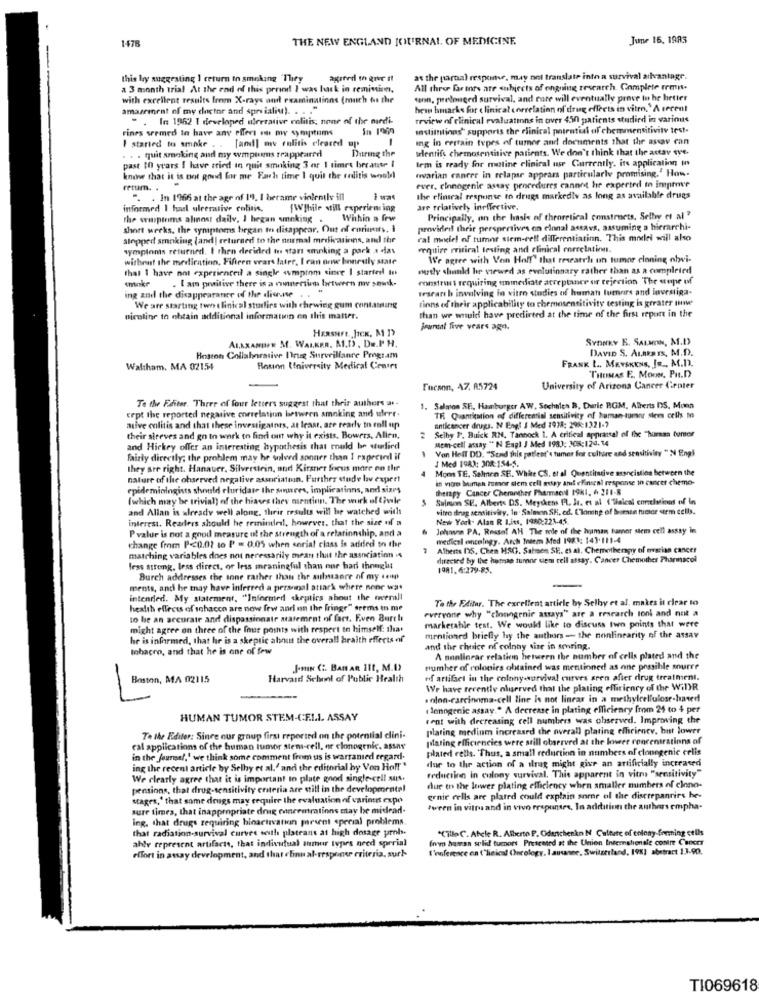
1478
THE NEW ENGLAND JOURNAL OF MEDICINE.
June 16. 1983
this hy suggesting I ceturn in smoking 'Thiry
as the pardal response, may not translate into a survival ailvantage.
a 3 month trial At the end of this period! I was hack in remissim,
All three farines are subjects of ongning research. Complete remis.
with excellent results from X-rays and examinations (much ou the
ton, pelonged survival, and cure will eventually prove to be better
amazeinent of my doctor and spre ialiu). . . . "
hew bmarks for clinical correlation of drug effects in vitro.'A secent
- . In 1952 1 developed mirerative colitis; none of the nardi-
review of clinical evaluations in over 450 patients studied in varimts
rines seemed to have any effort no my symptoms
In 1989
isimlions' supports the clinical potential of chemmsensitivity test-
[and] owe colitis cleared up
ing in certain types of tumor and documents that the ascav can
I started to smoke ..
. . quit smoking and my wmptums rrappeared
During the
slentifs chemosensitive patients. We don't think that the actav tve.
Irm is ready for matine clinical use Currently, its application in
past 10 years I have tried in quit smoking 3 or 1 times because I
wwvarian cancer in relapse appears particularly promising." How.
know that it is not good for me Fawh time I quit the reditis wond
retum. .
ever. rinnogenie astay procedures cannot he expected to improve
". . In 1966 at the age of 19, I became violently ill
the elimral response to drugs markedly as long as available drugs
informed I harl ulcerative colitis.
{While still experiem ing
are relatively ineffective,
the symptoms alinost daily, I began smoking
Whhin a frw
Principally, on the basis of theoretical constructs. Sellw et al?
short werks. the symptoms began to disappear. Out of corinits, i
provided their perspectives on clonal astavs, assuming a hierarchi-
alopped smoking (and! returned to the normal medications, and the
ral meiel of tumor siem-rell differentiatinn. This model will also
symplonis returned. I then decided to start smoking a park . das
require rritiral testing and clinical correlation.
without the medication, Fifteen wears later, I can ore boneuly state
We agree with Von Hoff" that research un tumor cloning obwvi-
that 1 have not experienceil a single symptom cinee I starterl to
wudy should be viewed as evolutionary rather than as a completed
constris requiring unmediate acceptance or rejection The supe of
ing and the disappearance of the diernse
. I am praitive there is a runnertien between my sewnk.
Iscar b involving In vitro studies of human tumors and investiga-
tions of their applicability to chemosensitivity testing is greater mwe
We are starting toen clinical studies with chewing gum contasing
piceline to obtain additional information on this matter.
than we would have predicted at the time of the first report in the
HERSHEL JICK, M ]>
joursal Tive vrars ago.
ALANANDER M. WALKER. Al.D. De.P H.
SYONKY B. SALMON, M.D
DAVID S. ALBERIS, M.D.
Boston Collaborative Drug Surveillance Program
FRANK L .. MEYSKINS, JR ., M.D).
Waltham. MA 02154
Bouon University Medical Center
THEMAS E ., MOON, PH.D
Fucann, 47, A5724
University of Arizona Cancer Center
Te the Faiter. Three of four letters suggest that their authors an-
1. Salmon SE, Hamburger AW. Sochales B, Durie RGM, Alberts DS, Moon
cept the reported negative correlation between smoking and uferr.
TR Quantitation of differential sensitivity of human-turanr stees cells mo
ative colitis and that these investigators, at least, are ready to roll up
2 Selby P. Buick RN. Tannock 1. A critical appraisal of the "human tumor
anticancer drugs. N Engl J Med 1918: 298:1321-7
their sleeves and go to work to find out why it exists. Bowers, Allen,
Mem-cell assay " N Engl J Med 1983: 308:124.14
and Hickey offer an interesting hypothesis that could be studied
Van Helf DD. "Send this patient's tumer for culture and sensitivity "N Engl
fairly directly; the problem may be solved sooner than 1 rapecied il
J Med 1983: 308:154-5.
they are right. Hanauer, Silverstein, and Kirsner focus more on the
Moon TE, Salmen SE. Whke CS. et al Quantitative asancistina between the
nature of the observed negative association. Further stude lov expert
in vitro bumah favor stem cell atay ant elinseal response in cancer chemo-
epidemiologists should eluridate thr soares, implications, and sizes
therapy Cancer Chemother Pharmacrd 19NI, 6 211-8
(which may be trivial) of the biases thev mentinn. The work of tiwle
Sulnon SE. Alberts DS. Meyskens PL. Je. et al ('Tlaical conelvinos of in
and Allan is already well along, their results will be watched with
vitro drag sensitivity, la. Salmon SH. ed. Cloning of boete tuctor crm cells.
interest. Readers should be reminded, however, that the size of a
New York- Alan R I.its, 1980:223-45.
P value is not a good measure of the strength of a relationship, and a
Johnvia PA. Rosso! AH The rede of the human fumer stem cell assay in
medical encelngy. Arch Intem Med 1983: 143.111-4
change from P<0.07 to P = 0.05 when serial class is added to the
matching variables does not necessarily mean that the association 4
Alberts 135, Chen HSG. Satsen SF .. et al. Chemotherapy of ovgian cancer
directed by the hemnap turene ciem cell assay. Cancer Chemother Pharmacol
fess strong, less direct, or less meaningful than one had thought
1981.6:279-85.
Burch addresses the sone rather than the aubance of my senp
ments, and he tnay have inferred a personal attark where none wat
intended. My statement. "Informed skeptics about the twverall
To the Editor, The excellent article by Selby et al. makes it clear to
health effects of tobacco are now few and on the fringe" seems to me
everyone why "cloungenie assays" are a research toni and not a
to be an accurate and dispassionate statement of fact. Even Burel
might agree on three of the four points with respect to himself: that
marketable test. We would like to discuss two points that were
he is informed, that he is a skeptic about the overall braith effects of
mentioned briefly hy the authors - the nonlinearity of the assay
tobacco, and that he is one of few
and the choice of colony wise in amring.
A nonlinear relation between the number of cells plated and the
J.mn C. BAHAR III, M.O
number of colonies obtained was mentioned as one possible sourre
-
Boston, MA 02115
Harvard School of Public Health
rf artifact in the colony survival curves sren after drug treatment.
We have recently nlserved that the plating efficiency of the WiDR
solon-carcinoma-cell line is not linear in a methylcellulose-based
" lenngenic assay." A decrease in plating efficiency from 24 to $ per
HUMAN TUMOR STEM-CF.I.L. ASSAY
sent with decreasing cell numbers was observed. Improving the
plating medinm increased the overall plating efficienev, but lower
Te Ne Editer: Since our group first reported on the potential clini
plating efficiencies were still observed at the lower concentrations of
cal applications of the human tumor stem-cell, or clonogenic. assar'
plated cells. Thus, a small reduction in numbers of clonegenic celis
in the fourmel,' we think some comment from us is warranted ergard.
dur to the action of a ilrag might give an artificially increased
ing the recent article by Selby et al.' and the editorial by Von Hoff "
reduction in colony survival. This apparent in vitro "sensitivity"
We clearly agree that it is important to plate good single cell surs.
pensions, that drug-sensitivity criteria are still in the developmental
due to the lower plating efficiency when smaller numbers of clono-
stages,' that some drugs may require the evaluation of varimit expo
ernie cells are plated could explain somne ol the discrepanries he-
sure times, that inappropriate drug concentrations may be midead-
tween in vitro and in swo responses. In addition the authors empha-
ing. that drugs requiring hinactivation porwent special problems.
that radiation-survival curvee seith plateans at high dosage probs.
*CilloC. Afele R. Alberto P. Odenschenkn N Culture of colony-fonning cells
ahly represent artifacts, that individual tumor types need sprrial
from hasan solid tumors Presented at the Union Internationale contre Cancer
I'noference on ("lieical Oncology. I aussee, Switzerland, 19%] abstract 13.90.
effort in assay development, and that elinu al-response criteria, surk
TI069618